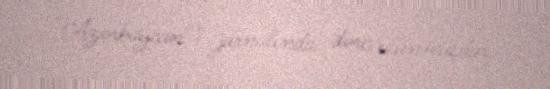
"Azərbaycan") jurnalında dərc olunmuşdur.